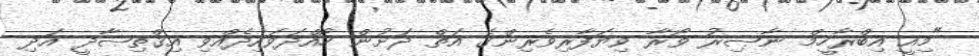
"މިއީ އިބްރާހީމް ނާޞިރު ވޯރާ ވިޔަފާރިވެރިންގެ އަތް ދަށުން ހޯއްދަވައިދެއްވި އިޤްތިޞާދީ އަދި